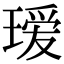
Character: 瑷